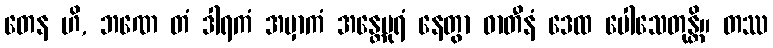
တေန ဟိ, ဘဏေ တံ ဒါရကံ အမှာကံ အန္တေပုရံ နေတွာ ဓာတီနံ ဒေထ ပေါသေတုန္တိ။ တဿ